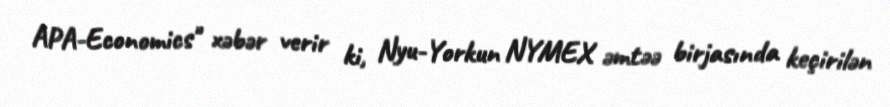
APA-Economics" xəbər verir ki, Nyu-Yorkun NYMEX əmtəə birjasında keçirilən